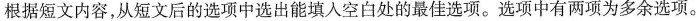
根据短文内容，从短文后的选项中选出能填入空白处的最佳选项。选项中有两项为多余选项。